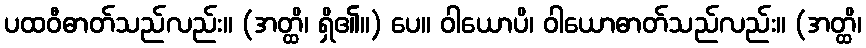
ပထဝီဓာတ်သည်လည်း။ (အတ္ထိ၊ ရှိ၏။) ပေ။ ဝါယောပိ၊ ဝါယောဓာတ်သည်လည်း။ (အတ္ထိ၊